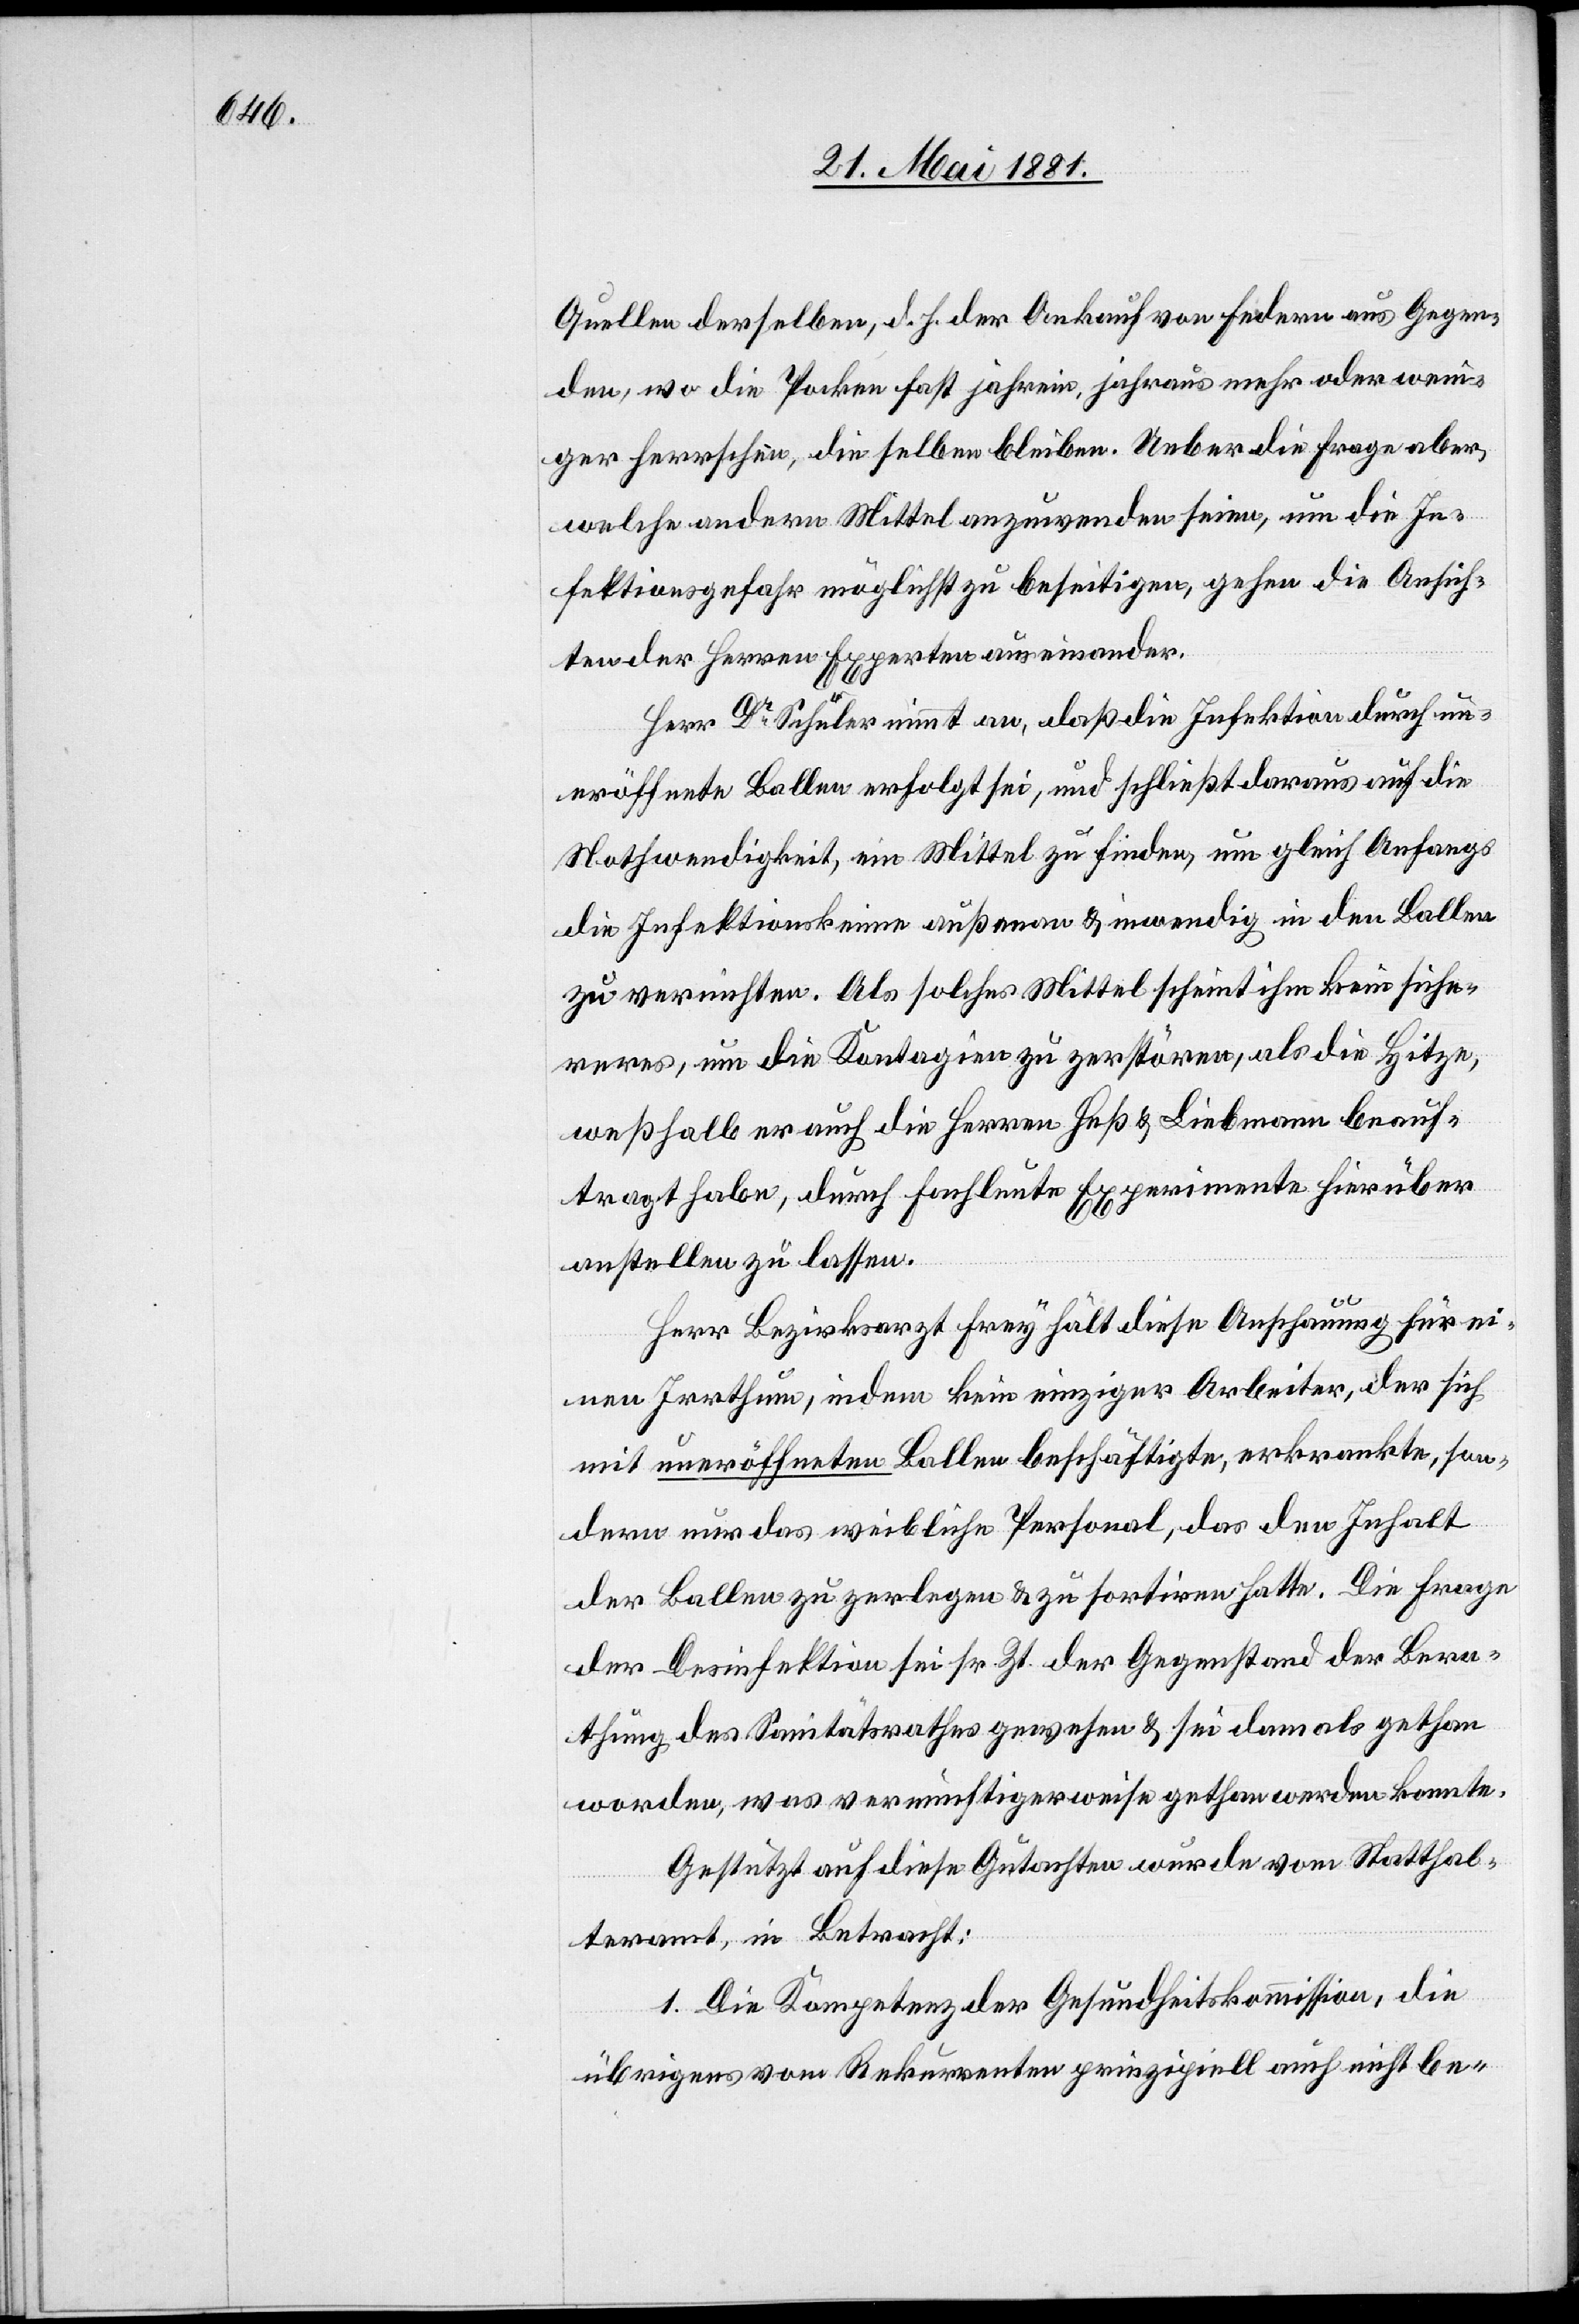
Quellen derselben, d. h. der Ankauf von Federn aus Gegen¬
den, wo die Pocken fast jahrein, jahraus mehr oder weni¬
ger herrschen, dieselben bleiben. Ueber die Frage aber,
welche andern Mittel anzuwenden seien, um die In¬
fektionsgefahr möglichst zu beseitigen, gehen die Ansich¬
ten der Herren Experten auseinander.
Herr Dr Schuler nimmt an, daß die Infektion durch un¬
eröffnete Ballen erfolgt sei, und schließt daraus auf die
Nothwendigkeit, ein Mittel zu finden, um gleich Anfangs
die Infektionskeime außenan und inwendig in den Ballen
zu vernichten. Als solches Mittel scheint ihm kein siche¬
reres, um die Kontagien zu zerstören, als die Hitze,
weßhalb er auch die Herren Heß & Liebmann beauf¬
tragt habe, durch Fachleute Experimente hierüber
anstellen zu lassen.
Herr Bezirksarzt Frey hält diese Anschauung für ei¬
nen Irrthum, indem kein einziger Arbeiter, der sich
mit uneröffneten Ballen beschäftigte, erkrankte, son¬
dern nur das weibliche Personal, das den Inhalt
der Ballen zu zerlegen & zu sortiren hatte. Die Frage
der Desinfektion sei sr. Zt. der Gegenstand der Bera¬
thung des Sanitätsrathes gewesen & sei damals gethan
worden, was vernünftigerweise gethan werden konnte.
Gestützt auf diese Gutachten wurde vom Statthal¬
teramt, in Betracht:
1. Die Kompetenz der Gesundheitskommission, die
übrigens vom Rekurrenten prinzipiell auch nicht be-